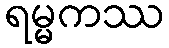
ရမ္မကဿ